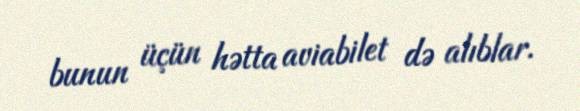
bunun üçün hətta aviabilet də alıblar.